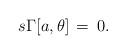
LaTeX: \begin{align*}s\Gamma[a,\theta]\,=\,0.\end{align*}